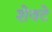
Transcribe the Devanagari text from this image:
शेवटे